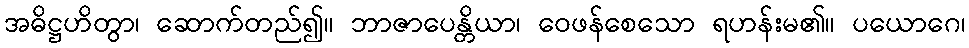
အဓိဋ္ဌဟိတွာ၊ ဆောက်တည်၍။ ဘာဇာပေန္တိယာ၊ ဝေဖန်စေသော ရဟန်းမ၏။ ပယောဂေ၊